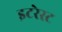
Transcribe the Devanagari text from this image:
इटरेस्‍ट